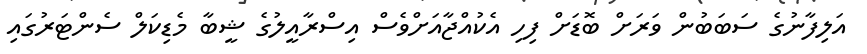
އަލިފާނުގެ ސަބަބުން ވަރަށް ބޮޑަށް ފިހި އެކުއްޖާއަށްވެސް އިސްރާއީލުގެ ޝީބާ މެޑިކަލް ސެންޓަރުގައި